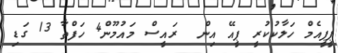
ޕީޕީއެމް ހަލާކުކުރީ ޕީއޭ އިން  ރައީސް މައުމޫން4 ހަފްތާ 13 ގަޑި